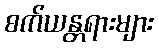
စက်ယန္တရားများ